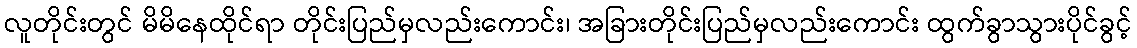
လူတိုင်းတွင် မိမိနေထိုင်ရာ တိုင်းပြည်မှလည်းကောင်း၊ အခြားတိုင်းပြည်မှလည်းကောင်း ထွက်ခွာသွားပိုင်ခွင့်